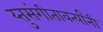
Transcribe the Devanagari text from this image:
य्तुसंगीतावर्त्यांनी